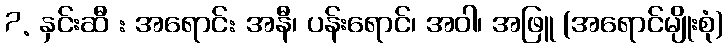
7. နှင်းဆီ : အရောင်: အနီ၊ ပန်းရောင်၊ အဝါ၊ အဖြူ (အရောင်မျိုးစုံ)